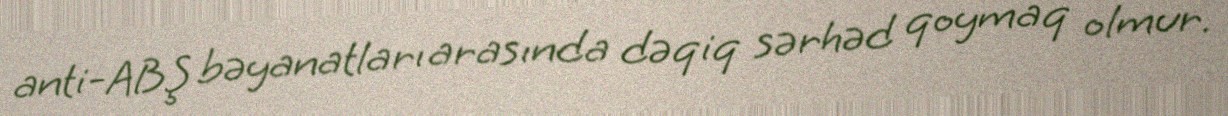
anti-ABŞ bəyanatları arasında dəqiq sərhəd qoymaq olmur.